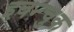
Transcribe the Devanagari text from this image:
इवन्चुक